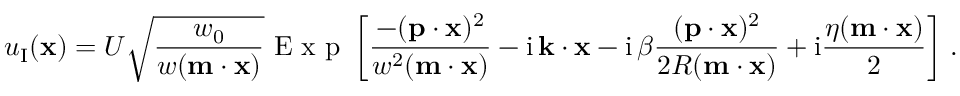
u _ { \textup I } ( { \bf x } ) = U \sqrt { \frac { w _ { 0 } } { w ( { \bf m } \cdot { \bf x } ) } } \mathrm { ~ E ~ x ~ p ~ } \left[ \frac { - ( { \bf p } \cdot { \bf x } ) ^ { 2 } } { w ^ { 2 } ( { \bf m } \cdot { \bf x } ) } - \mathrm { i } \, { \bf k } \cdot { \bf x } - \mathrm { i } \, \beta \frac { ( { \bf p } \cdot { \bf x } ) ^ { 2 } } { 2 R ( { \bf m } \cdot { \bf x } ) } + \mathrm { i } \frac { \eta ( { \bf m } \cdot { \bf x } ) } { 2 } \right] \, .